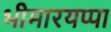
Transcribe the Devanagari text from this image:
भीमारयप्पा